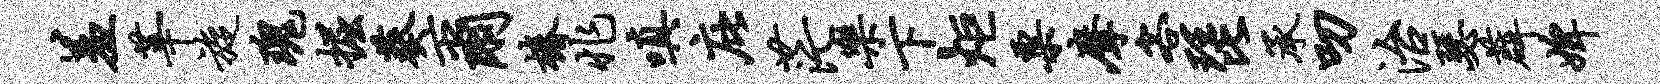
羞莘旋瑰掘葵尔椿兆嗔庇茫乐下炬粟摩客琵承叨治瑟薜婢